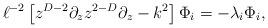
LaTeX: \begin{align*}\ell^{-2}\left[z^{D-2}\partial_z z^{2-D}\partial_z -k^2\right] \Phi_i=-\lambda_i\Phi_i,\end{align*}